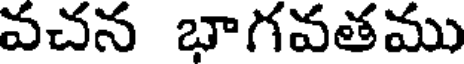
వచన భాగవతము